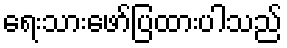
ရေးသားဖော်ပြထားပါသည်